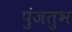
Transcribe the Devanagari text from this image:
पुंजतुभ